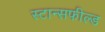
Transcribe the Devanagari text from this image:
स्टान्सफील्ड